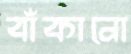
বাঁকানো